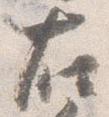
右